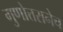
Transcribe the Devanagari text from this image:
गुणोत्तरानेच